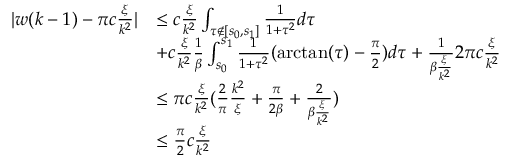
\begin{array} { r l } { \vert w ( k - 1 ) - \pi c \frac \xi { k ^ { 2 } } \vert } & { \le c \frac \xi { k ^ { 2 } } \int _ { \tau \notin [ s _ { 0 } , s _ { 1 } ] } \frac 1 { 1 + \tau ^ { 2 } } d \tau } \\ & { + c \frac \xi { k ^ { 2 } } \frac 1 \beta \int _ { s _ { 0 } } ^ { s _ { 1 } } \frac 1 { 1 + \tau ^ { 2 } } ( \arctan ( \tau ) - \frac \pi 2 ) d \tau + \frac 1 { \beta \frac \xi { k ^ { 2 } } } 2 \pi c \frac \xi { k ^ { 2 } } } \\ & { \le \pi c \frac \xi { k ^ { 2 } } ( \frac 2 \pi \frac { k ^ { 2 } } \xi + \frac { \pi } { 2 \beta } + \frac 2 { \beta \frac \xi { k ^ { 2 } } } ) } \\ & { \le \frac \pi 2 c \frac \xi { k ^ { 2 } } } \end{array}